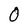
Character: 0